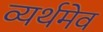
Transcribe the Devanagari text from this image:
व्यर्थमेव